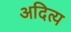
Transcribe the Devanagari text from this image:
अदित्य